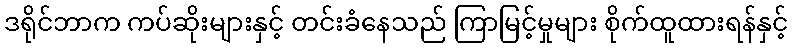
ဒရိုင်ဘာက ကပ်ဆိုးများနှင့် တင်းခံနေသည် ကြာမြင့်မှုများ စိုက်ထူထားရန်နှင့်